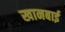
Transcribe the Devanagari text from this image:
खानबाई